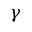
\gamma